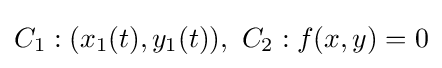
C_{1}:(x_{1}(t),y_{1}(t)),\ C_{2}:f(x,y)=0